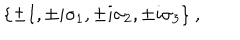
\{ \pm I , \pm i \sigma _ { 1 } , \pm i \sigma _ { 2 } , \pm i \sigma _ { 3 } \} ~ ,